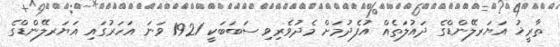
ތާރީޚު އަޔަރލޭންޑްގެ ދައުލަތެއް އުފެދުމަށް މެދުވެރިވި ސަބަބަކީ 1921 ވަނަ އަހަރުގައި އަޔަރލޭންޑްގެ